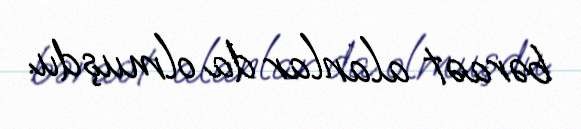
bəraət alanlar da olmuşdu.